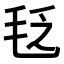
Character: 𣭛